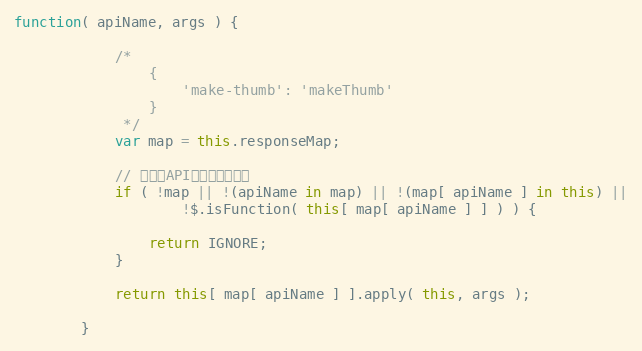
Language: JavaScript
function( apiName, args ) {

            /*
                {
                    'make-thumb': 'makeThumb'
                }
             */
            var map = this.responseMap;

            // 如果无API响应声明则忽略
            if ( !map || !(apiName in map) || !(map[ apiName ] in this) ||
                    !$.isFunction( this[ map[ apiName ] ] ) ) {

                return IGNORE;
            }

            return this[ map[ apiName ] ].apply( this, args );

        }